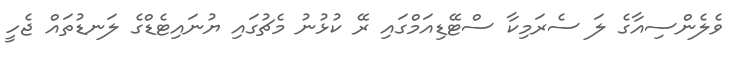
ވެލެންސިއާގެ ލަ ސެރަމިކާ ސްޓޭޑިއަމްގައި ރޭ ކުޅުނު މެޗުގައި ޔުނައިޓެޑްގެ ލަނޑުތައް ޖެހީ